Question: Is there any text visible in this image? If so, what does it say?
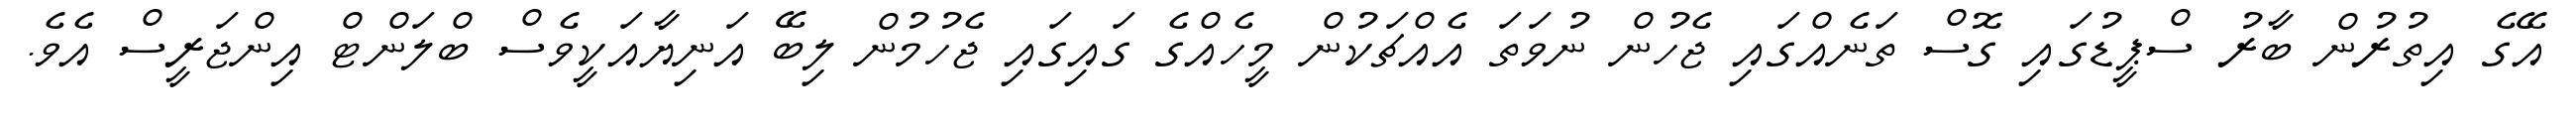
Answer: އޭގެ އިތުރުން ބާރު ސްޕީޑުގައި ގޮސް ތަނެއްގައި ޖެހުން ނުވަތަ އެއްޗަކުން މީހެއްގެ ގައިގައި ޖެހުމުން ލިބޭ އަނިޔާއަކީވެސް ބްލަންޓް އިންޖަރީސް އެވެ.